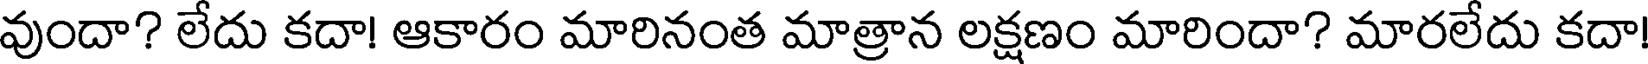
వుందా? లేదు కదా! ఆకారం మారినంత మాత్రాన లక్షణం మారిందా? మారలేదు కదా